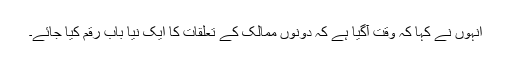
انہوں نے کہا کہ وقت آگیا ہے کہ دونوں ممالک کے تعلقات کا ایک نیا باب رقم کیا جائے۔